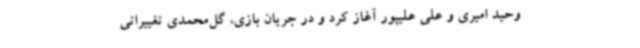
وحید امیری و علی علیپور آغاز کرد و در جریان بازی، گل‌محمدی تغییراتی